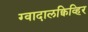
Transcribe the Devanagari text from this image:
ग्वादालक्विव्हिर